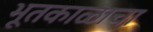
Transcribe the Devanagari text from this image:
भूतकाळाचा